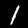
Label: 1